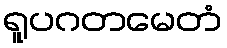
ရူပဂတမေတံ